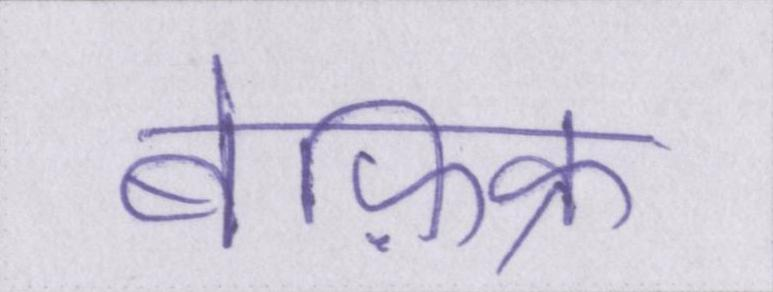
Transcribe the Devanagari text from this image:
बेफ़िक्र